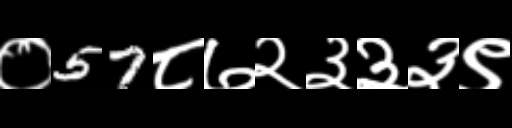
Text: ०57८७२३३३९